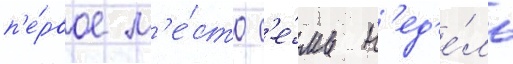
п'е́рвое м'е́сто с'е́мь н'ед'е́ль